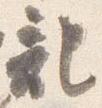
記